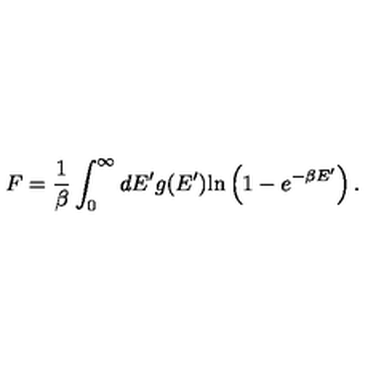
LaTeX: F = { \frac { 1 } { \beta } } \int _ { 0 } ^ { \infty } d E ^ { \prime } g ( E ^ { \prime } ) \mathrm { l n } \left( 1 - e ^ { - \beta E ^ { \prime } } \right) .